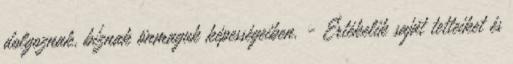
dolgoznak, bíznak önmaguk képességeiben. - Értékelik saját tetteiket és